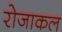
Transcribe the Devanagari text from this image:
रोजाकल